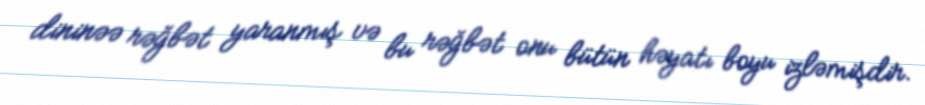
dininəə rəğbət yaranmış və bu rəğbət onu bütün həyatı boyu izləmişdir.